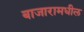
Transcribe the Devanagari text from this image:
बाजारामधील